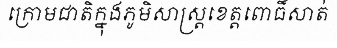
ក្រោមជាតិក្នុងភូមិសាស្ត្រខេត្តពោធិ៍សាត់